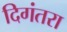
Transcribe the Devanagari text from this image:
दिगंतरा